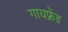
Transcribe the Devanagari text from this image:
गायफ्रेंड